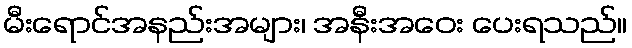
မီးရောင်အနည်းအများ၊ အနီးအဝေး ပေးရသည်။